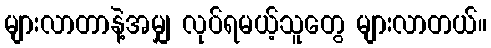
များလာတာနဲ့အမျှ လုပ်ရမယ့်သူတွေ များလာတယ်။